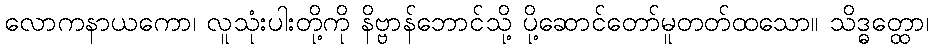
လောကနာယကော၊ လူသုံးပါးတို့ကို နိဗ္ဗာန်ဘောင်သို့ ပို့ဆောင်တော်မူတတ်ထသော။ သိဒ္ဓတ္ထော၊